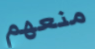
منعهم